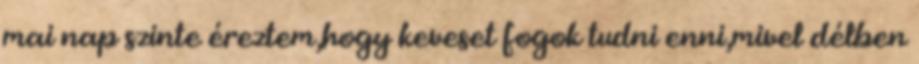
mai nap szinte éreztem,hogy keveset fogok tudni enni,mivel délben